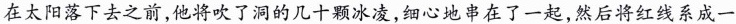
在太阳落下去之前，他将吹了洞的几十颗冰凌，细心地串在了一起，然后将红线系成一